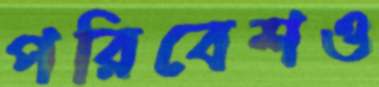
পরিবেশও